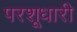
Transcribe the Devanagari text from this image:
परशूधारी